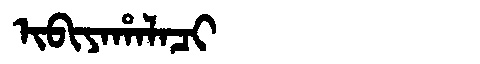
Manchu: ᡳᠪᡳᠶᠠᡥᠠᠯᠠᠴᡳ
Romanization: IBIYAHALACI